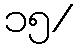
၁၅/